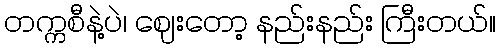
တက္ကစီနဲ့ပဲ၊ ဈေးတော့ နည်းနည်း ကြီးတယ်။